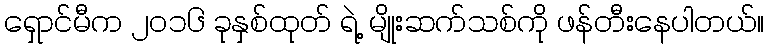
ရှောင်မီက ၂၀၁၆ ခုနှစ်ထုတ် ရဲ့ မျိုးဆက်သစ်ကို ဖန်တီးနေပါတယ်။